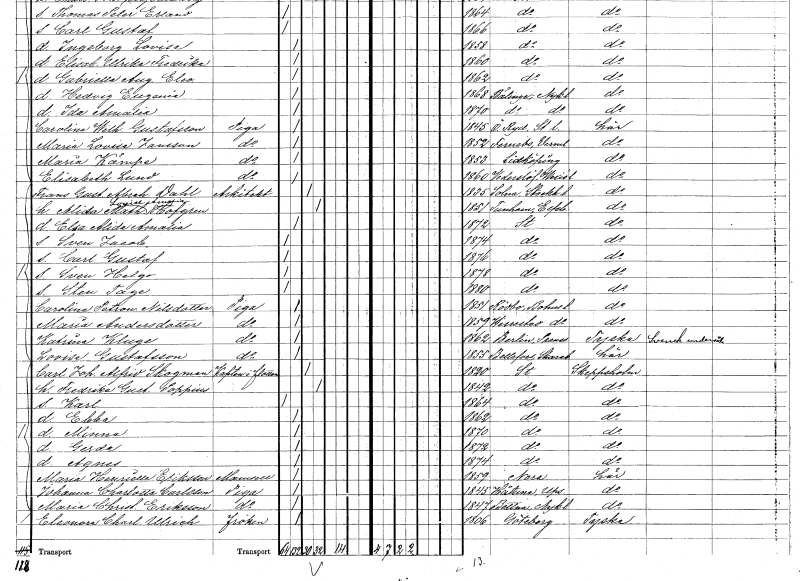
gt_parse: households: individuals: FN: Alida Mathilda Louise Amalia
EN: Hofgren
KON: K
CIV: G
FODAR: 1851
FODFORS: Tunhem Älvsborgs län
FN: Elsa Alida Amalia
KON: K
CIV: O
FODAR: 1872
FODFORS: Stockholm
FN: Sven Jacob
KON: M
CIV: O
FODAR: 1874
FODFORS: Stockholm
FN: Carl Gustaf
KON: M
CIV: O
FODAR: 1876
FODFORS: Stockholm
FN: Sven Helgo
KON: M
CIV: O
FODAR: 1878
FODFORS: Stockholm
FN: Sten Tage
KON: M
CIV: O
FODAR: 1880
FODFORS: Stockholm
FN: Carolina Petronella
EN: Nilsdotter
YRKE: Piga
KON: K
CIV: O
FODAR: 1851
FODFORS: Rödbo Göteborgs- och Bohuslän
FN: Maria
EN: Andersdotter
YRKE: Piga
KON: K
CIV: O
FODAR: 1859
FODFORS: Herrestad Göteborgs- och Bohuslän
FN: Katrina
EN: Kluge
YRKE: Piga
KON: K
CIV: O
FODAR: 1862
FN: Lovisa
EN: Gustafsson
YRKE: Piga
KON: K
CIV: O
FODAR: 1855
FODFORS: Bällefors Skaraborgs län
FN: Carl Johan Alfrid
EN: Skogman
YRKE: Kapten armén och flottan
KON: M
CIV: G
FODAR: 1820
FODFORS: Stockholm
FN: Fredrika Gustafva
EN: Poppius
KON: K
CIV: G
FODAR: 1842
FODFORS: Stockholm
FN: Karl
KON: M
CIV: O
FODAR: 1864
FODFORS: Stockholm
FN: Ebba
KON: K
CIV: O
FODAR: 1862
FODFORS: Stockholm
FN: Minna
KON: K
CIV: O
FODAR: 1870
FODFORS: Stockholm
FN: Gerda
KON: K
CIV: O
FODAR: 1872
FODFORS: Stockholm
FN: Agnes
KON: K
CIV: O
FODAR: 1874
FODFORS: Stockholm
FN: Maria Henriette
EN: Eriksson
KON: K
CIV: O
FODAR: 1859
FN: Johanna Charlotta
EN: Carlsson
YRKE: Piga
KON: K
CIV: O
FODAR: 1845
FODFORS: Håtuna Stockholms län
FN: Maria Christina
EN: Eriksson
YRKE: Piga
KON: K
CIV: O
FODAR: 1847
FODFORS: Bettna Södermanlands län
FN: Eleonora Charlotta
EN: Ulrich
KON: K
CIV: O
FODAR: 1806
FODFORS: Göteborg Göteborgs- och Bohuslän